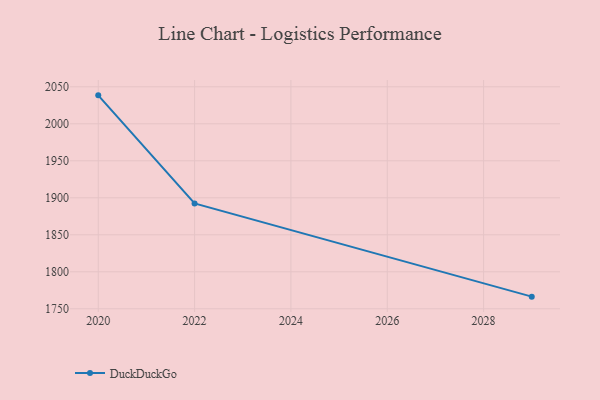
{"axis": {"x": "Year", "y": "Market Share (%)"}, "legend": ["DuckDuckGo"], "data": [{"x": "2029", "y": 1766.4, "type": "DuckDuckGo"}, {"x": "2022", "y": 1892.3, "type": "DuckDuckGo"}, {"x": "2020", "y": 2038.4, "type": "DuckDuckGo"}]}